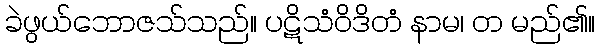
ခဲဖွယ်ဘောဇသ်သည်။ ပဋိသံဝိဒိတံ နာမ၊ တ မည်၏။